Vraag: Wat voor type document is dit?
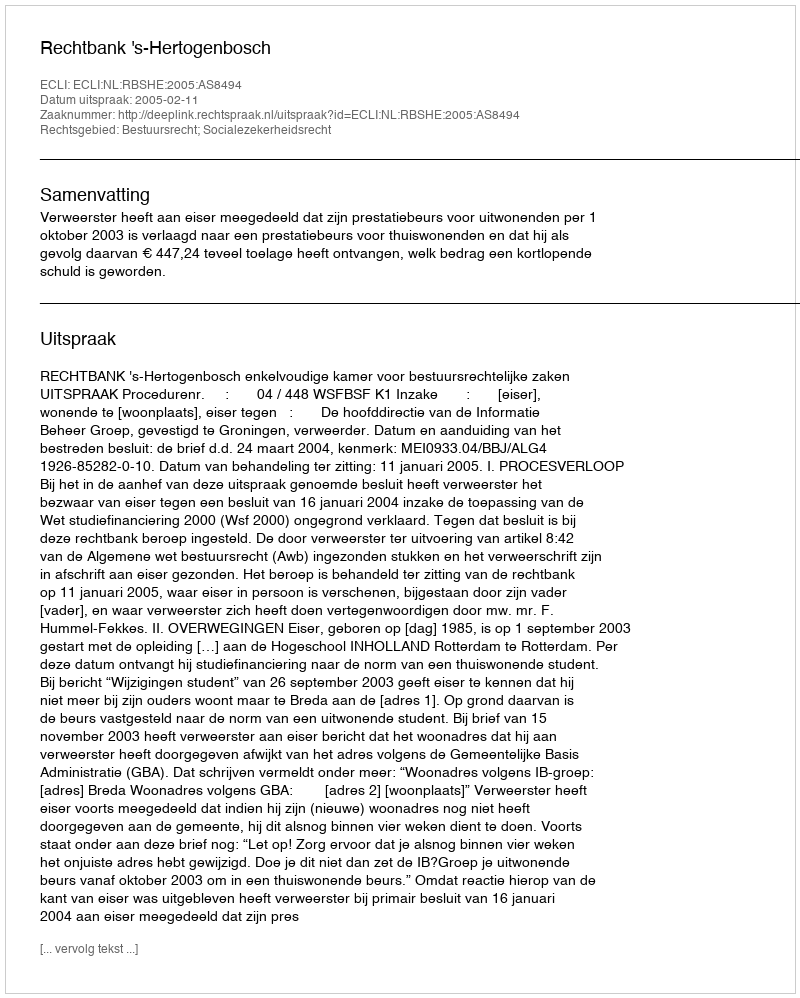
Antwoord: Uitspraak